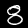
Digit: 8